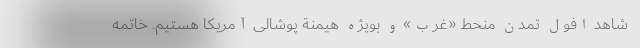
شاهد افول تمدن منحط «غرب» و بویژه هیمنة پوشالی آمریکا هستیم. خاتمه